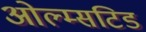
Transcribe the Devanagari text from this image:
ओल्म्सटिड